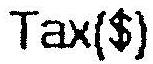
TAX($)